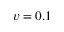
v = 0 . 1